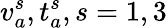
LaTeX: v_{a}^{s},t_{a}^{s},s=1,3